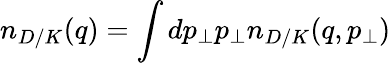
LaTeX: n_{D/K}(q)=\int dp_{\bot}p_{\bot}n_{D/K}(q,p_{\bot})